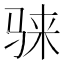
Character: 𱅕